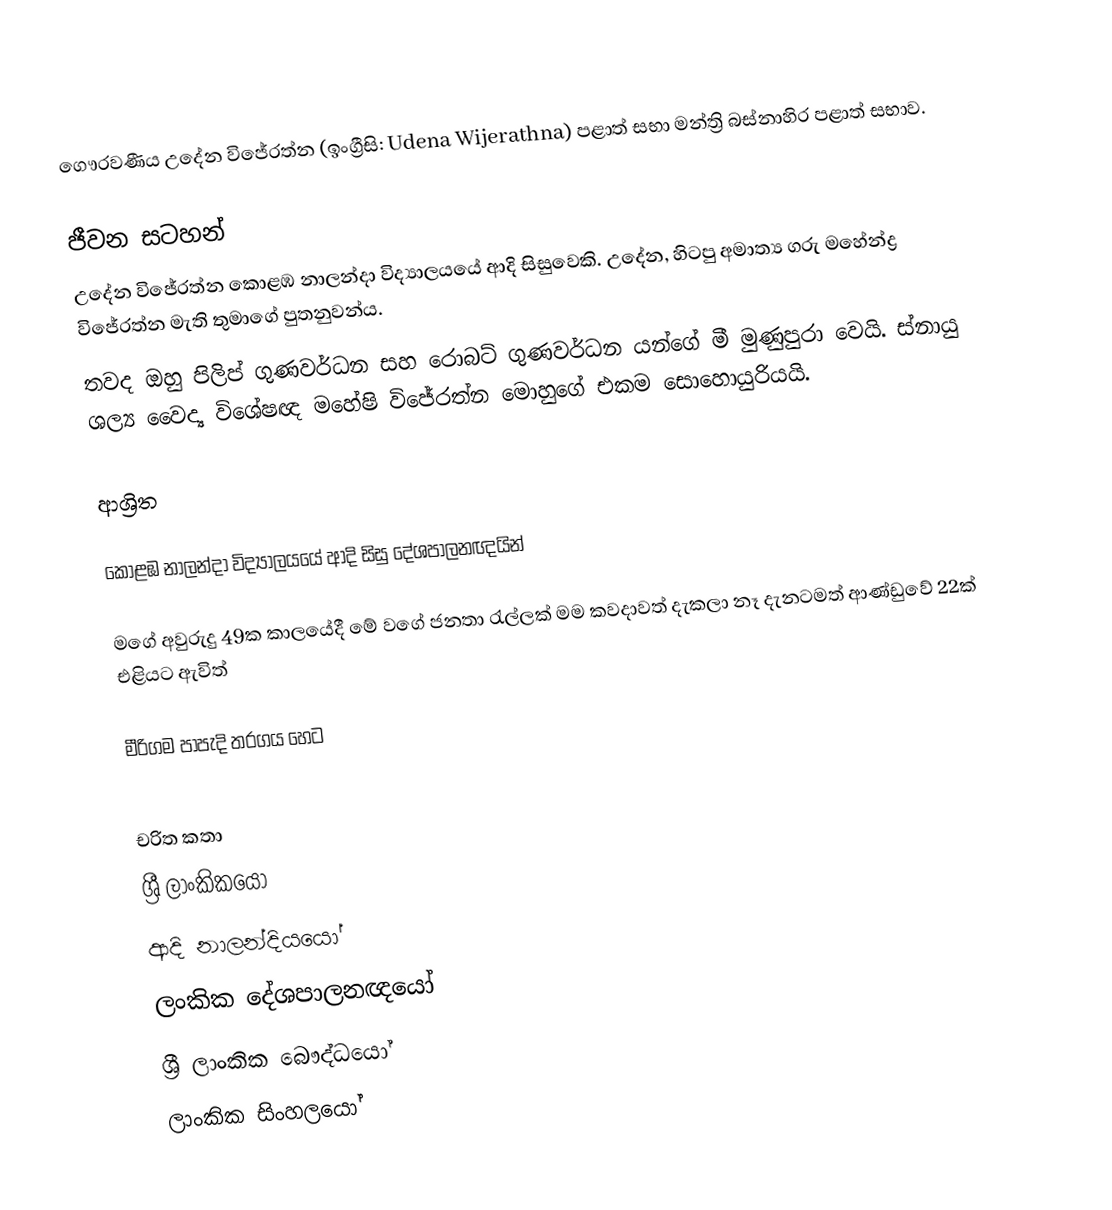
ගෞරවණීය  උදේන විජේරත්න (ඉංග්‍රීසි: Udena Wijerathna) පළාත් සභා මන්ත්‍රි බස්නාහිර පළාත් සභාව.

ජීවන සටහන්
උදේන විජේරත්න  කොළඹ නාලන්දා විද්‍යාලයයේ ආදි සිසුවෙකි. උදේන, හිටපු අමාත්‍ය ගරු මහේන්ද්‍ර විජේරත්න මැති තුමාගේ පුතනුවන්ය.
තවද ඔහු පිලිප් ගුණවර්ධන සහ රොබට් ගුණවර්ධන යන්ගේ මී මුණුපුරා වෙයි.  ස්නායු ශල්‍ය වෛද්‍ය විශේෂඥ මහේෂි විජේරත්න මොහුගේ එකම සොහොයුරියයි.

ආශ්‍රිත

කොළඹ නාලන්දා විද්‍යාලයයේ ආදි සිසු දේශපාලනඥයින්

 මගේ අවුරුදු 49ක කාලයේදී මේ වගේ ජනතා රැල්ලක් මම කවදාවත් දැකලා නෑ දැනටමත් ආණ්ඩුවේ 22ක් එළියට ඇවිත්

 මීරිගම පාපැදි තරගය හෙට

චරිත කතා
ශ්‍රී ලාංකිකයෝ
ආදි නාලන්දියයෝ
ලංකික දේශපාලනඥයෝ
ශ්‍රී ලාංකික බෞද්ධයෝ
ලාංකික සිංහලයෝ